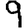
Digit: 9